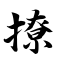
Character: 撩